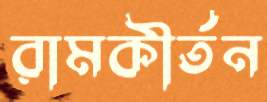
রামকীর্তন